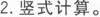
2.坚式计算。